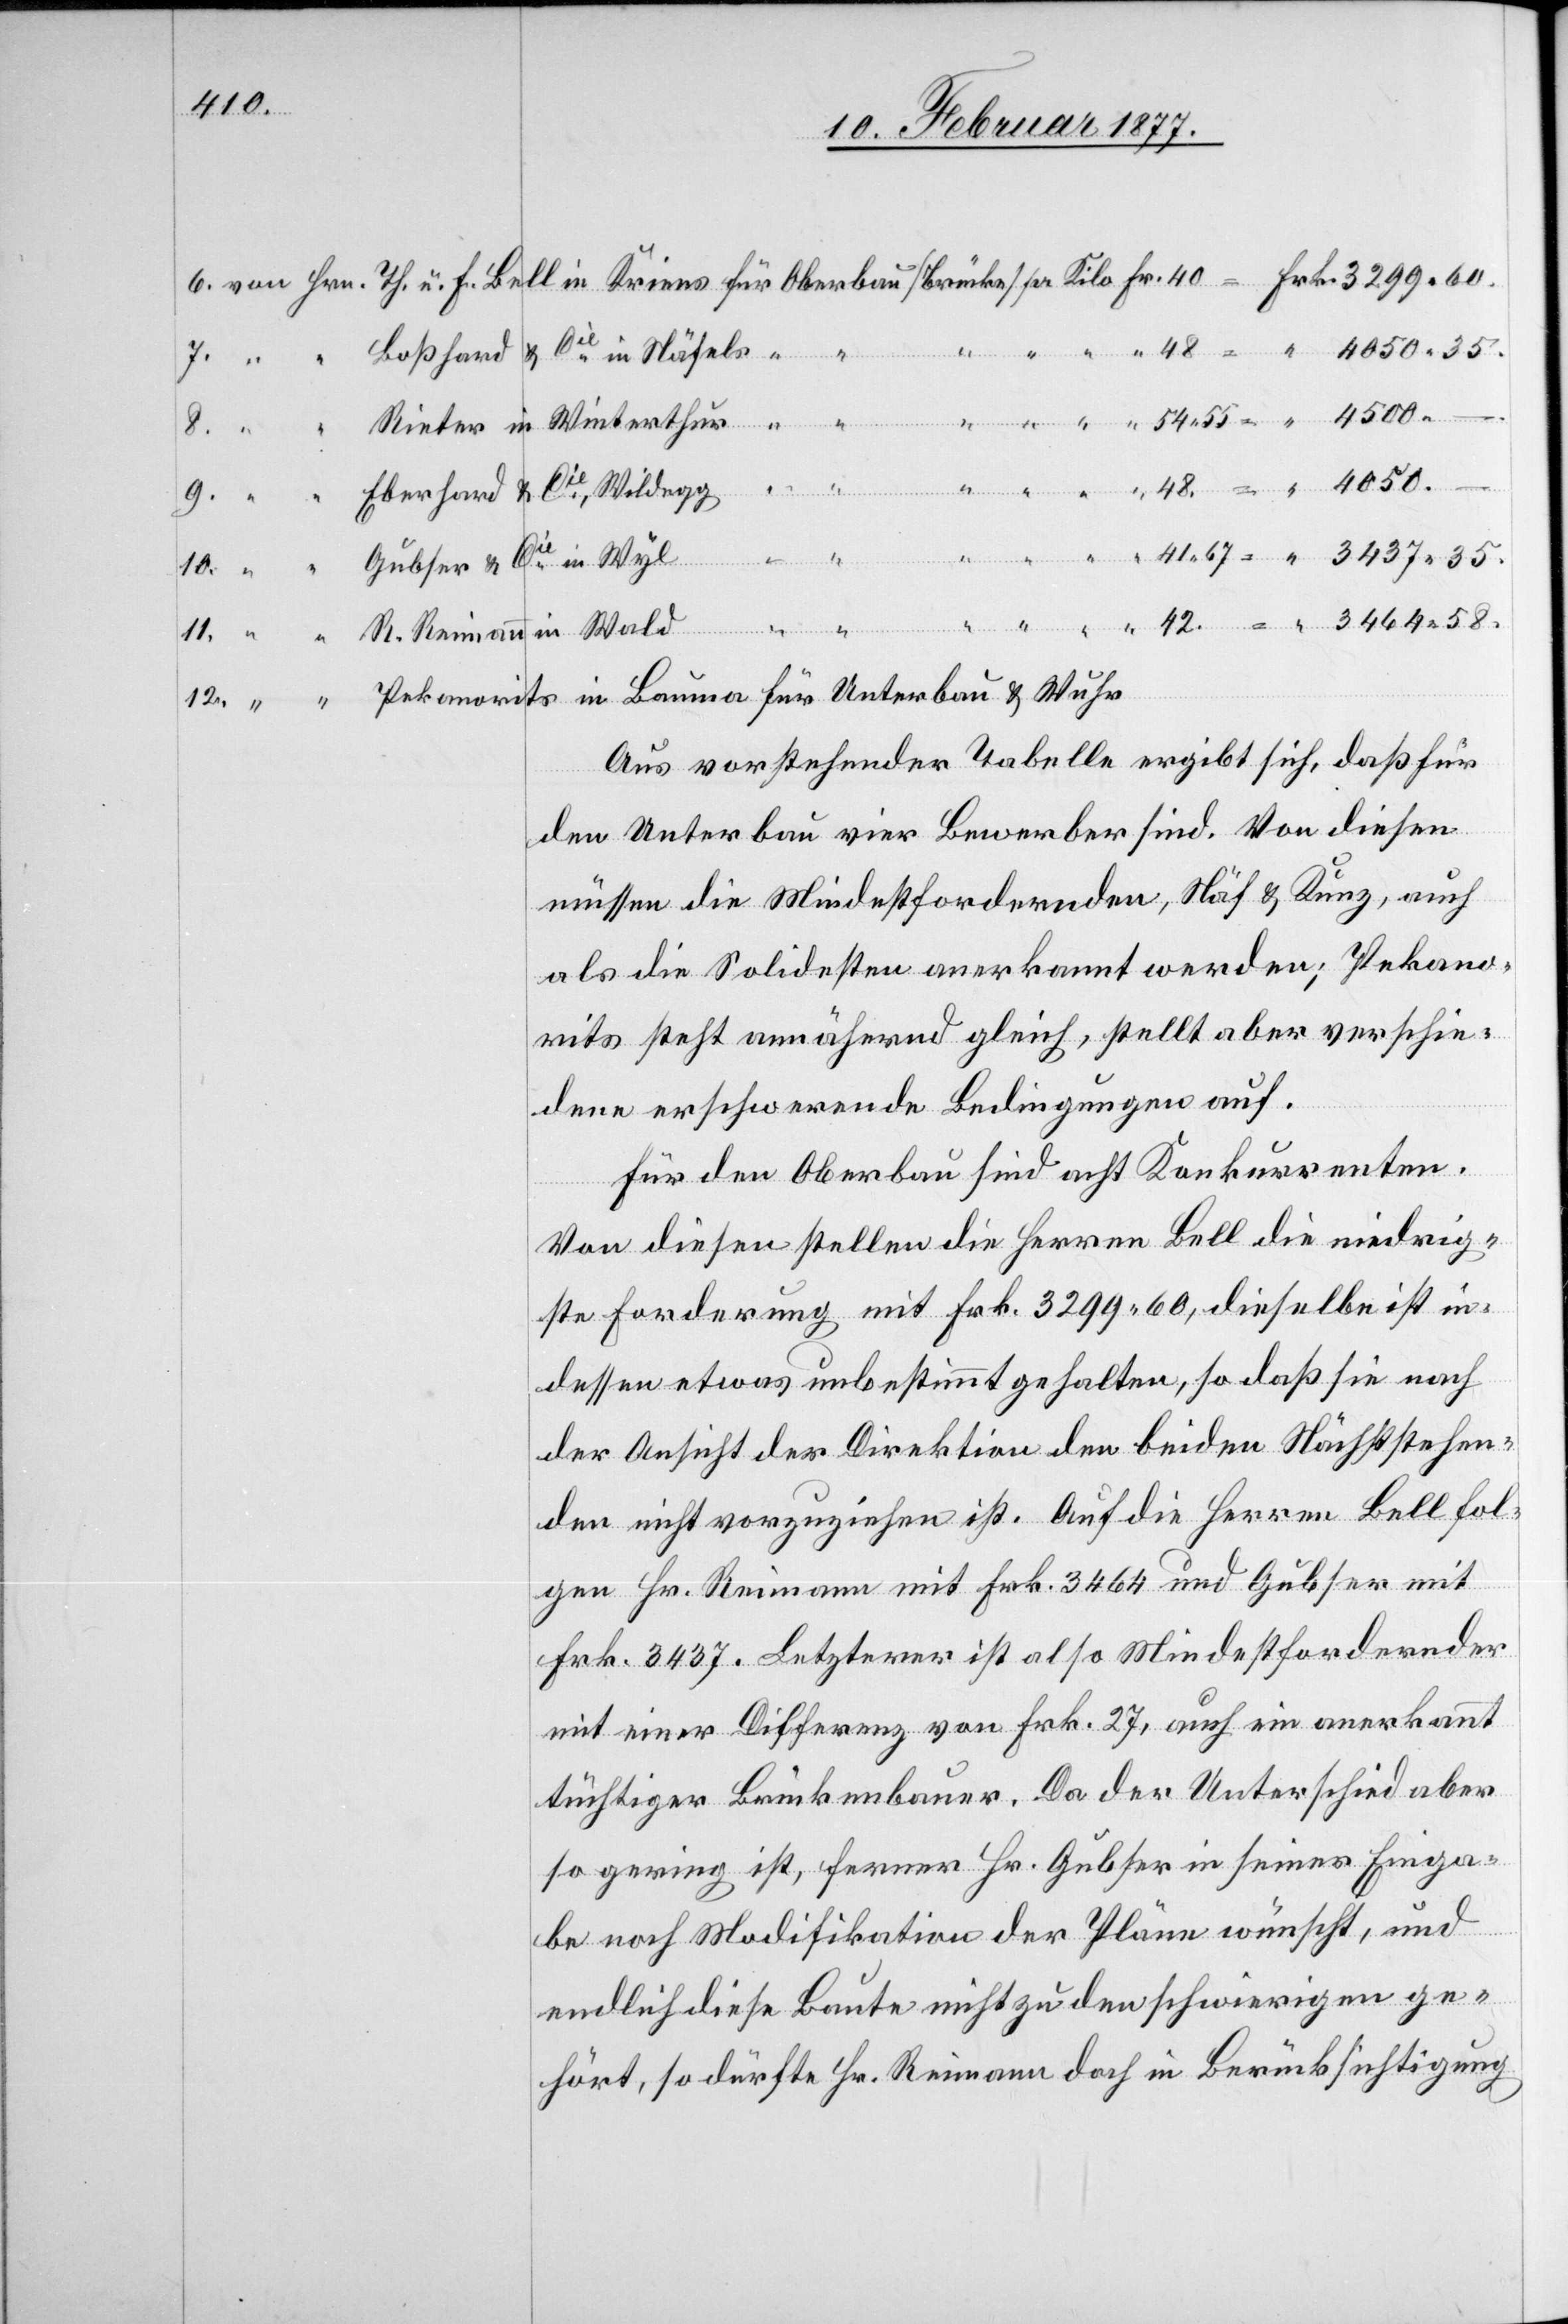
4050.
Boßhard & Cie in Näfels
Reimann in Wald
Gubser & Cie in Wyl
Pekanorits in Bauma für Unterbau & Wuhr
Aus der vorstehenden Tabelle ergibt sich, daß für
den Unterbau vier Bewerber sind. Von diesen
müssen die Mindestfordernden, Näf & Kunz, auch
als die Solidesten anerkannt werden; Pekano¬
rits steht annähernd gleich, stellt aber verschie¬
dene erschwerende Bedingungen auf.
Für den Oberbau sind acht Konkurrenten.
Von diesen stellen die Herren Bell die niedrig¬
ste Forderung mit Frk. 3299.60, dieselbe ist in¬
dessen etwas unbestimmt gehalten, so daß sie nach
der Ansicht der Direktion den beiden Nächststehen¬
den nicht vorzuziehen ist. Auf die Herren Bell fol¬
gen Hr. Reimann mit Frk. 3464 und Gubser mit
Frk. 3437. Letzterer ist also Mindestfordernder
mit einer Differenz von Frk. 27, auch ein anerkannt
tüchtiger Brückenbauer. Da der Unterschied aber
so gering ist, ferner Hr. Gubser in seiner Einga¬
be noch Modifikation der Pläne wünscht, und
endlich diese Baute nicht zu den schwierigen ge¬
hört, so dürfte Hr. Reimann doch in Berücksichtigung